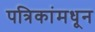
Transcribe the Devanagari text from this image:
पत्रिकांमधून